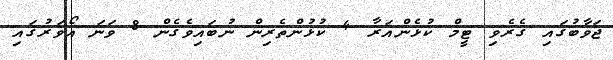
ޖަވާބުގައި ގެރެވި ޓީމް ކުޅެންއަރާ 4 ކުޅުންތެރިން ނުބައިވެގެން 8 ވަނަ އޯވަރުގައި